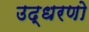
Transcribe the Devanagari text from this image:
उद्धरणो